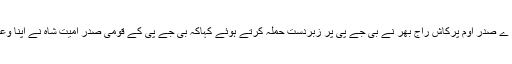
اترپردیش کی یوگی حکومت میں کابینی وزیر او رسوہیل دیو بھارتیہ سماج پارٹی ے صدر اوم پرکاش راج بھر نے بی جے پی پر زبردست حملہ کرتے ہوئے کہاکہ بی جے پی کے قومی صدر امیت شاہ نے اپنا وعدہ وفا نہیں کیا اس لئے میں نے عہدہ وزارت سے مستعفی ہونے کا ارادہ کرلیاہے۔